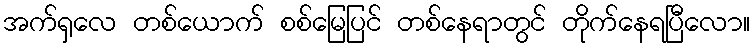
အက်ရှလေ တစ်ယောက် စစ်မြေပြင် တစ်နေရာတွင် တိုက်နေရပြီလော။